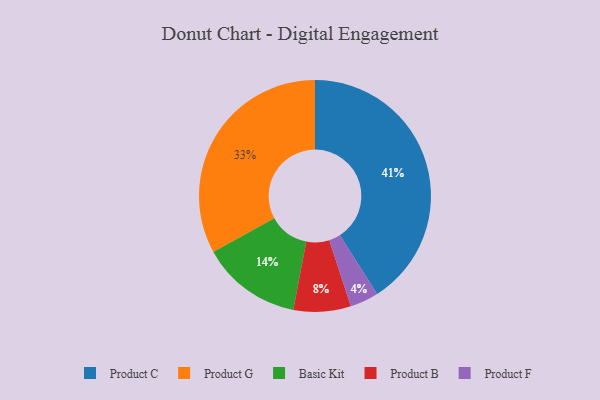
{"axis": {"x": "Category", "y": "Percentage"}, "legend": ["Basic Kit", "Product B", "Product C", "Product F", "Product G"], "data": [{"x": "Product B", "y": 8, "type": "Product B"}, {"x": "Basic Kit", "y": 14, "type": "Basic Kit"}, {"x": "Product G", "y": 33, "type": "Product G"}, {"x": "Product C", "y": 41, "type": "Product C"}, {"x": "Product F", "y": 4, "type": "Product F"}]}